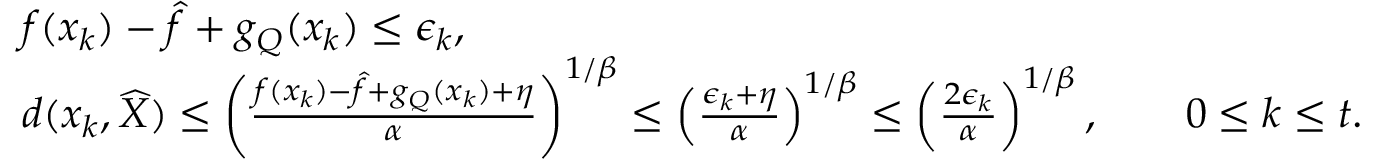
\begin{array} { r l } & { f ( x _ { k } ) - \hat { f } + g _ { Q } ( x _ { k } ) \leq \epsilon _ { k } , } \\ & { d ( x _ { k } , \widehat { X } ) \leq \left( \frac { f ( x _ { k } ) - \hat { f } + g _ { Q } ( x _ { k } ) + \eta } { \alpha } \right) ^ { 1 / \beta } \leq \left( \frac { \epsilon _ { k } + \eta } { \alpha } \right) ^ { 1 / \beta } \leq \left( \frac { 2 \epsilon _ { k } } { \alpha } \right) ^ { 1 / \beta } , \qquad 0 \leq k \leq t . } \end{array}